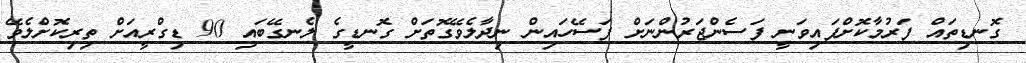
ގޮނޑިތައް ފަރުމާކޮށްފައިވަނީ ފަސެންޖަރުންނަށް ފަސޭހައިން ނިދާލެވޭގޮތަށް ގޮނޑީގެ ލެނގޭބައި 90 ޑިގްރީއަށް ތިރިކޮށްލެވޭ